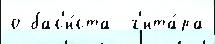
о бас'и́ста  г'ита́ра